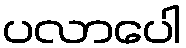
ပလာပေါ